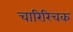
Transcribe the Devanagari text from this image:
चारिरिचक